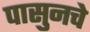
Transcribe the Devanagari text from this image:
पासुनचे